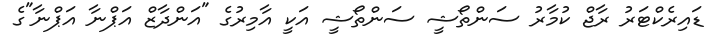
ޑައިރެކްޓަރު ރާޖް ކުމާރު ސަންތޯޝީ ސަންތޯޝީ އަކީ އާމިރުގެ "އަންދާޒް އަޕްނާ އަޕްނާ"ގެ